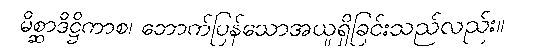
မိစ္ဆာဒိဋ္ဌိကာစ၊ ဘောက်ပြန်သောအယူရှိခြင်းသည်လည်း။